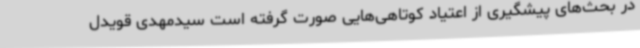
در بحث‌های پیشگیری از اعتیاد کوتاهی‌هایی صورت گرفته است سیدمهدی قویدل